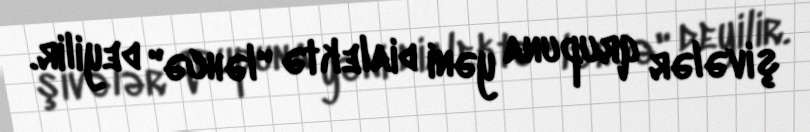
şivələr qrupuna yəni dialektə "ləhcə" deyilir.